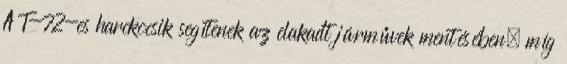
A T-72-es harckocsik segítenek az elakadt járművek mentésében, míg